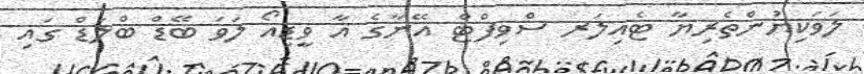
ލަވަކިޔުންތެރިޔާ ޓެއިލަރ ސްވިފްޓް އޭނާގެ އާ ވީޑިއޯ ލަވަ ބޭޑް ބްލަޑް ގައި